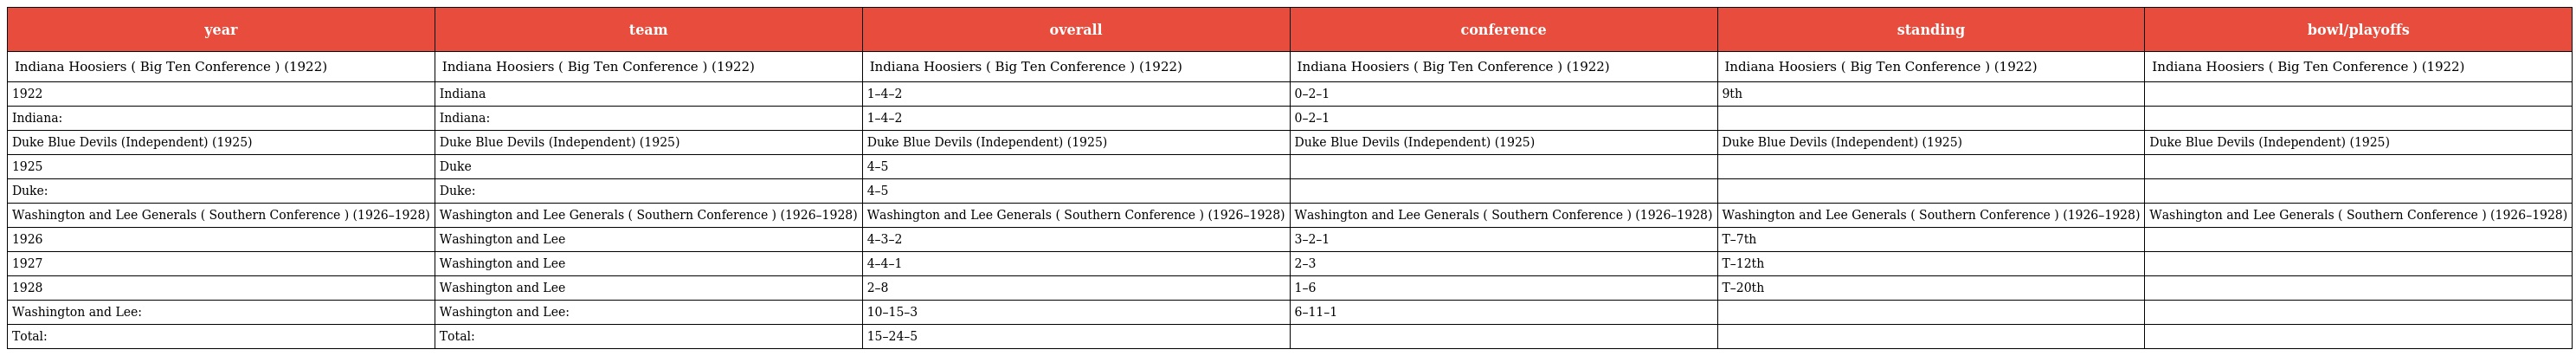
| year | team | overall | conference | standing | bowl/playoffs |
 | --- | --- | --- | --- | --- | --- |
 | Indiana Hoosiers ( Big Ten Conference ) (1922) | Indiana Hoosiers ( Big Ten Conference ) (1922) | Indiana Hoosiers ( Big Ten Conference ) (1922) | Indiana Hoosiers ( Big Ten Conference ) (1922) | Indiana Hoosiers ( Big Ten Conference ) (1922) | Indiana Hoosiers ( Big Ten Conference ) (1922) |
 | 1922 | Indiana | 1–4–2 | 0–2–1 | 9th |  |
 | Indiana: | Indiana: | 1–4–2 | 0–2–1 |  |  |
 | Duke Blue Devils (Independent) (1925) | Duke Blue Devils (Independent) (1925) | Duke Blue Devils (Independent) (1925) | Duke Blue Devils (Independent) (1925) | Duke Blue Devils (Independent) (1925) | Duke Blue Devils (Independent) (1925) |
 | 1925 | Duke | 4–5 |  |  |  |
 | Duke: | Duke: | 4–5 |  |  |  |
 | Washington and Lee Generals ( Southern Conference ) (1926–1928) | Washington and Lee Generals ( Southern Conference ) (1926–1928) | Washington and Lee Generals ( Southern Conference ) (1926–1928) | Washington and Lee Generals ( Southern Conference ) (1926–1928) | Washington and Lee Generals ( Southern Conference ) (1926–1928) | Washington and Lee Generals ( Southern Conference ) (1926–1928) |
 | 1926 | Washington and Lee | 4–3–2 | 3–2–1 | T–7th |  |
 | 1927 | Washington and Lee | 4–4–1 | 2–3 | T–12th |  |
 | 1928 | Washington and Lee | 2–8 | 1–6 | T–20th |  |
 | Washington and Lee: | Washington and Lee: | 10–15–3 | 6–11–1 |  |  |
 | Total: | Total: | 15–24–5 |  |  |  |